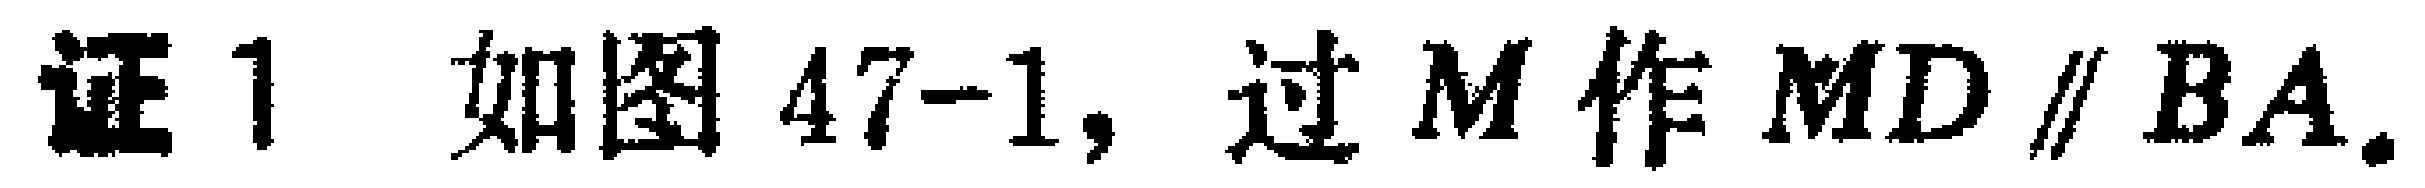
证1 如图47-1, 过 \(M\) 作 \(MD \parallel BA\).